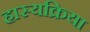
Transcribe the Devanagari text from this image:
हास्यक्रिया